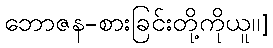
ဘောဇန-စားခြင်းတို့ကိုယူ၊၊]